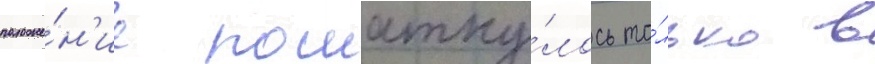
положе́н'ие пошатну́лось то́лько в